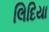
લિદિયા